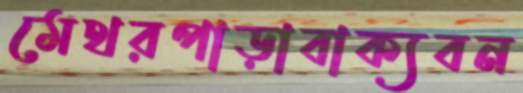
মেথরপাড়াবাক্যবন